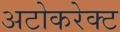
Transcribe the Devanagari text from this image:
अटोकरेक्ट